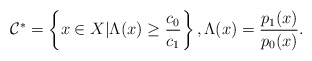
\begin{align*}\mathcal C^*=\left\{x\in X |\Lambda(x)\ge \frac{c_0}{c_1}\right\}, \Lambda(x)=\frac{p_1(x)}{p_0(x)}.\end{align*}